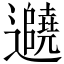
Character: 𬩱